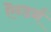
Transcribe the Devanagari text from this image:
ऎन्डर्न